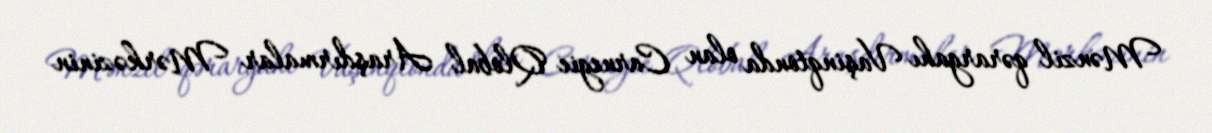
Mənzil qərargahı Vaşinqtonda olan Carnegie Qlobal Araşdırmalar Mərkəzinin